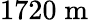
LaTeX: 1720\; \mathrm{m}